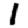
Digit: 1